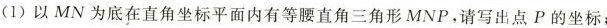
(1)以MN为底在直角坐标平面内有等腰直角三角形MNP，请写出点P的坐标；